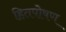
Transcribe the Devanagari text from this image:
हितपोषण